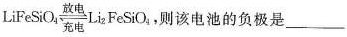
L i F e S i O_{4} 放电充电L i_{2} F e S i O_{4}$$，则该电池的负极是___